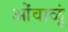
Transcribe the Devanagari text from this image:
ओंवाळूं